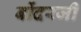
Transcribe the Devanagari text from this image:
बोंदरजी